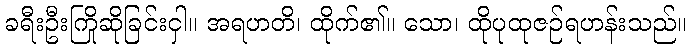
ခရီးဦးကြိုဆိုခြင်းငှါ။ အရဟတိ၊ ထိုက်၏။ သော၊ ထိုပုထုဇဉ်ရဟန်းသည်။